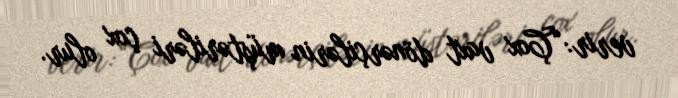
verir:“Çox vaxt dönərçilərin müştəriləri çox olur.